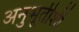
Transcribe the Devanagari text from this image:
अनुभूतीशी